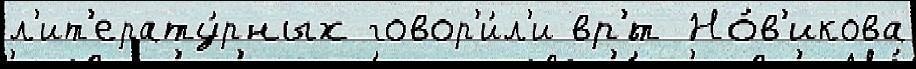
л'ит'ерату́рных говор'и́л'и вр'́т Но́в'икова